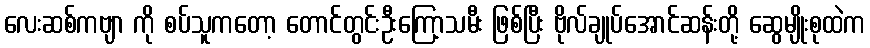
လေးဆစ်ကဗျာ ကို စပ်သူကတော့ တောင်တွင်းဦးကြော့သမီး ဖြစ်ပြီး ဗိုလ်ချုပ်အောင်ဆန်းတို့ ဆွေမျိုးစုထဲက